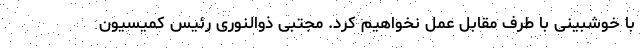
با خوشبینی با طرف مقابل عمل نخواهیم کرد. مجتبی ذوالنوری رئیس کمیسیون